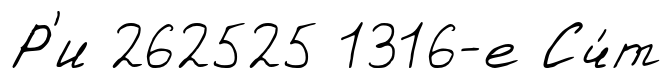
Р'и 262525 1316-е Сч́т